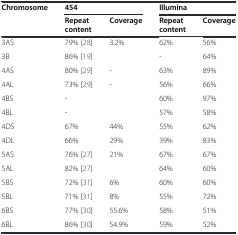
<table><thead><tr><td rowspan="2"><b>Chromosome</b></td><td colspan="2"><b>454</b></td><td colspan="2"><b>Illumina</b></td></tr><tr><td><b>Repeat content</b></td><td><b>Coverage</b></td><td><b>Repeat content</b></td><td><b>Coverage</b></td></tr></thead><tbody><tr><td>3AS</td><td>79% [28]</td><td>3.2%</td><td>62%</td><td>56%</td></tr><tr><td>3B</td><td>86% [19]</td><td></td><td>-</td><td>64%</td></tr><tr><td>4AS</td><td>80% [29]</td><td>-</td><td>63%</td><td>89%</td></tr><tr><td>4AL</td><td>73% [29]</td><td>-</td><td>56%</td><td>66%</td></tr><tr><td>4BS</td><td>-</td><td></td><td>60%</td><td>97%</td></tr><tr><td>4BL</td><td>-</td><td></td><td>57%</td><td>58%</td></tr><tr><td>4DS</td><td>67%</td><td>44%</td><td>55%</td><td>62%</td></tr><tr><td>4DL</td><td>66%</td><td>29%</td><td>39%</td><td>83%</td></tr><tr><td>5AS</td><td>76% [27]</td><td rowspan="2">21%</td><td>67%</td><td>67%</td></tr><tr><td>5AL</td><td>82% [27]</td><td>64%</td><td>60%</td></tr><tr><td>5BS</td><td>72% [31]</td><td>6%</td><td>60%</td><td>60%</td></tr><tr><td>5BL</td><td>71% [31]</td><td>8%</td><td>55%</td><td>72%</td></tr><tr><td>6BS</td><td>77% [30]</td><td>55.6%</td><td>58%</td><td>51%</td></tr><tr><td>6BL</td><td>86% [30]</td><td>54.9%</td><td>59%</td><td>52%</td></tr></tbody></table>